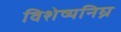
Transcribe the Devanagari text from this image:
विशेष्यनिघ्न